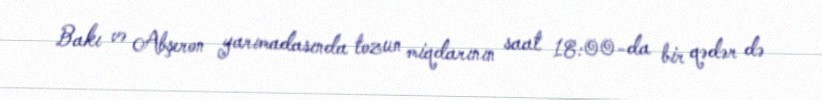
Bakı və Abşeron yarımadasında tozun miqdarının saat 18:00-da bir qədər də